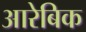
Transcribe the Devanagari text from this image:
आरेबिक